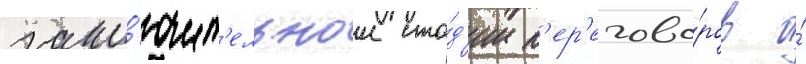
закл'ючит'ельнои ста́д'ии п'ер'егово́ров о́